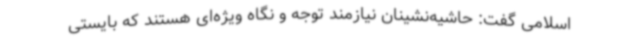
اسلامی گفت: حاشیه‌نشینان نیازمند توجه و نگاه ویژه‌ای هستند که بایستی